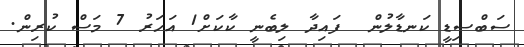
ސަބްސިޑީ ކަނޑާލުން  ފައިދާ ލިބެނީ ކާކަށް1 އަހަރު 7 މަސް ކުރިން.